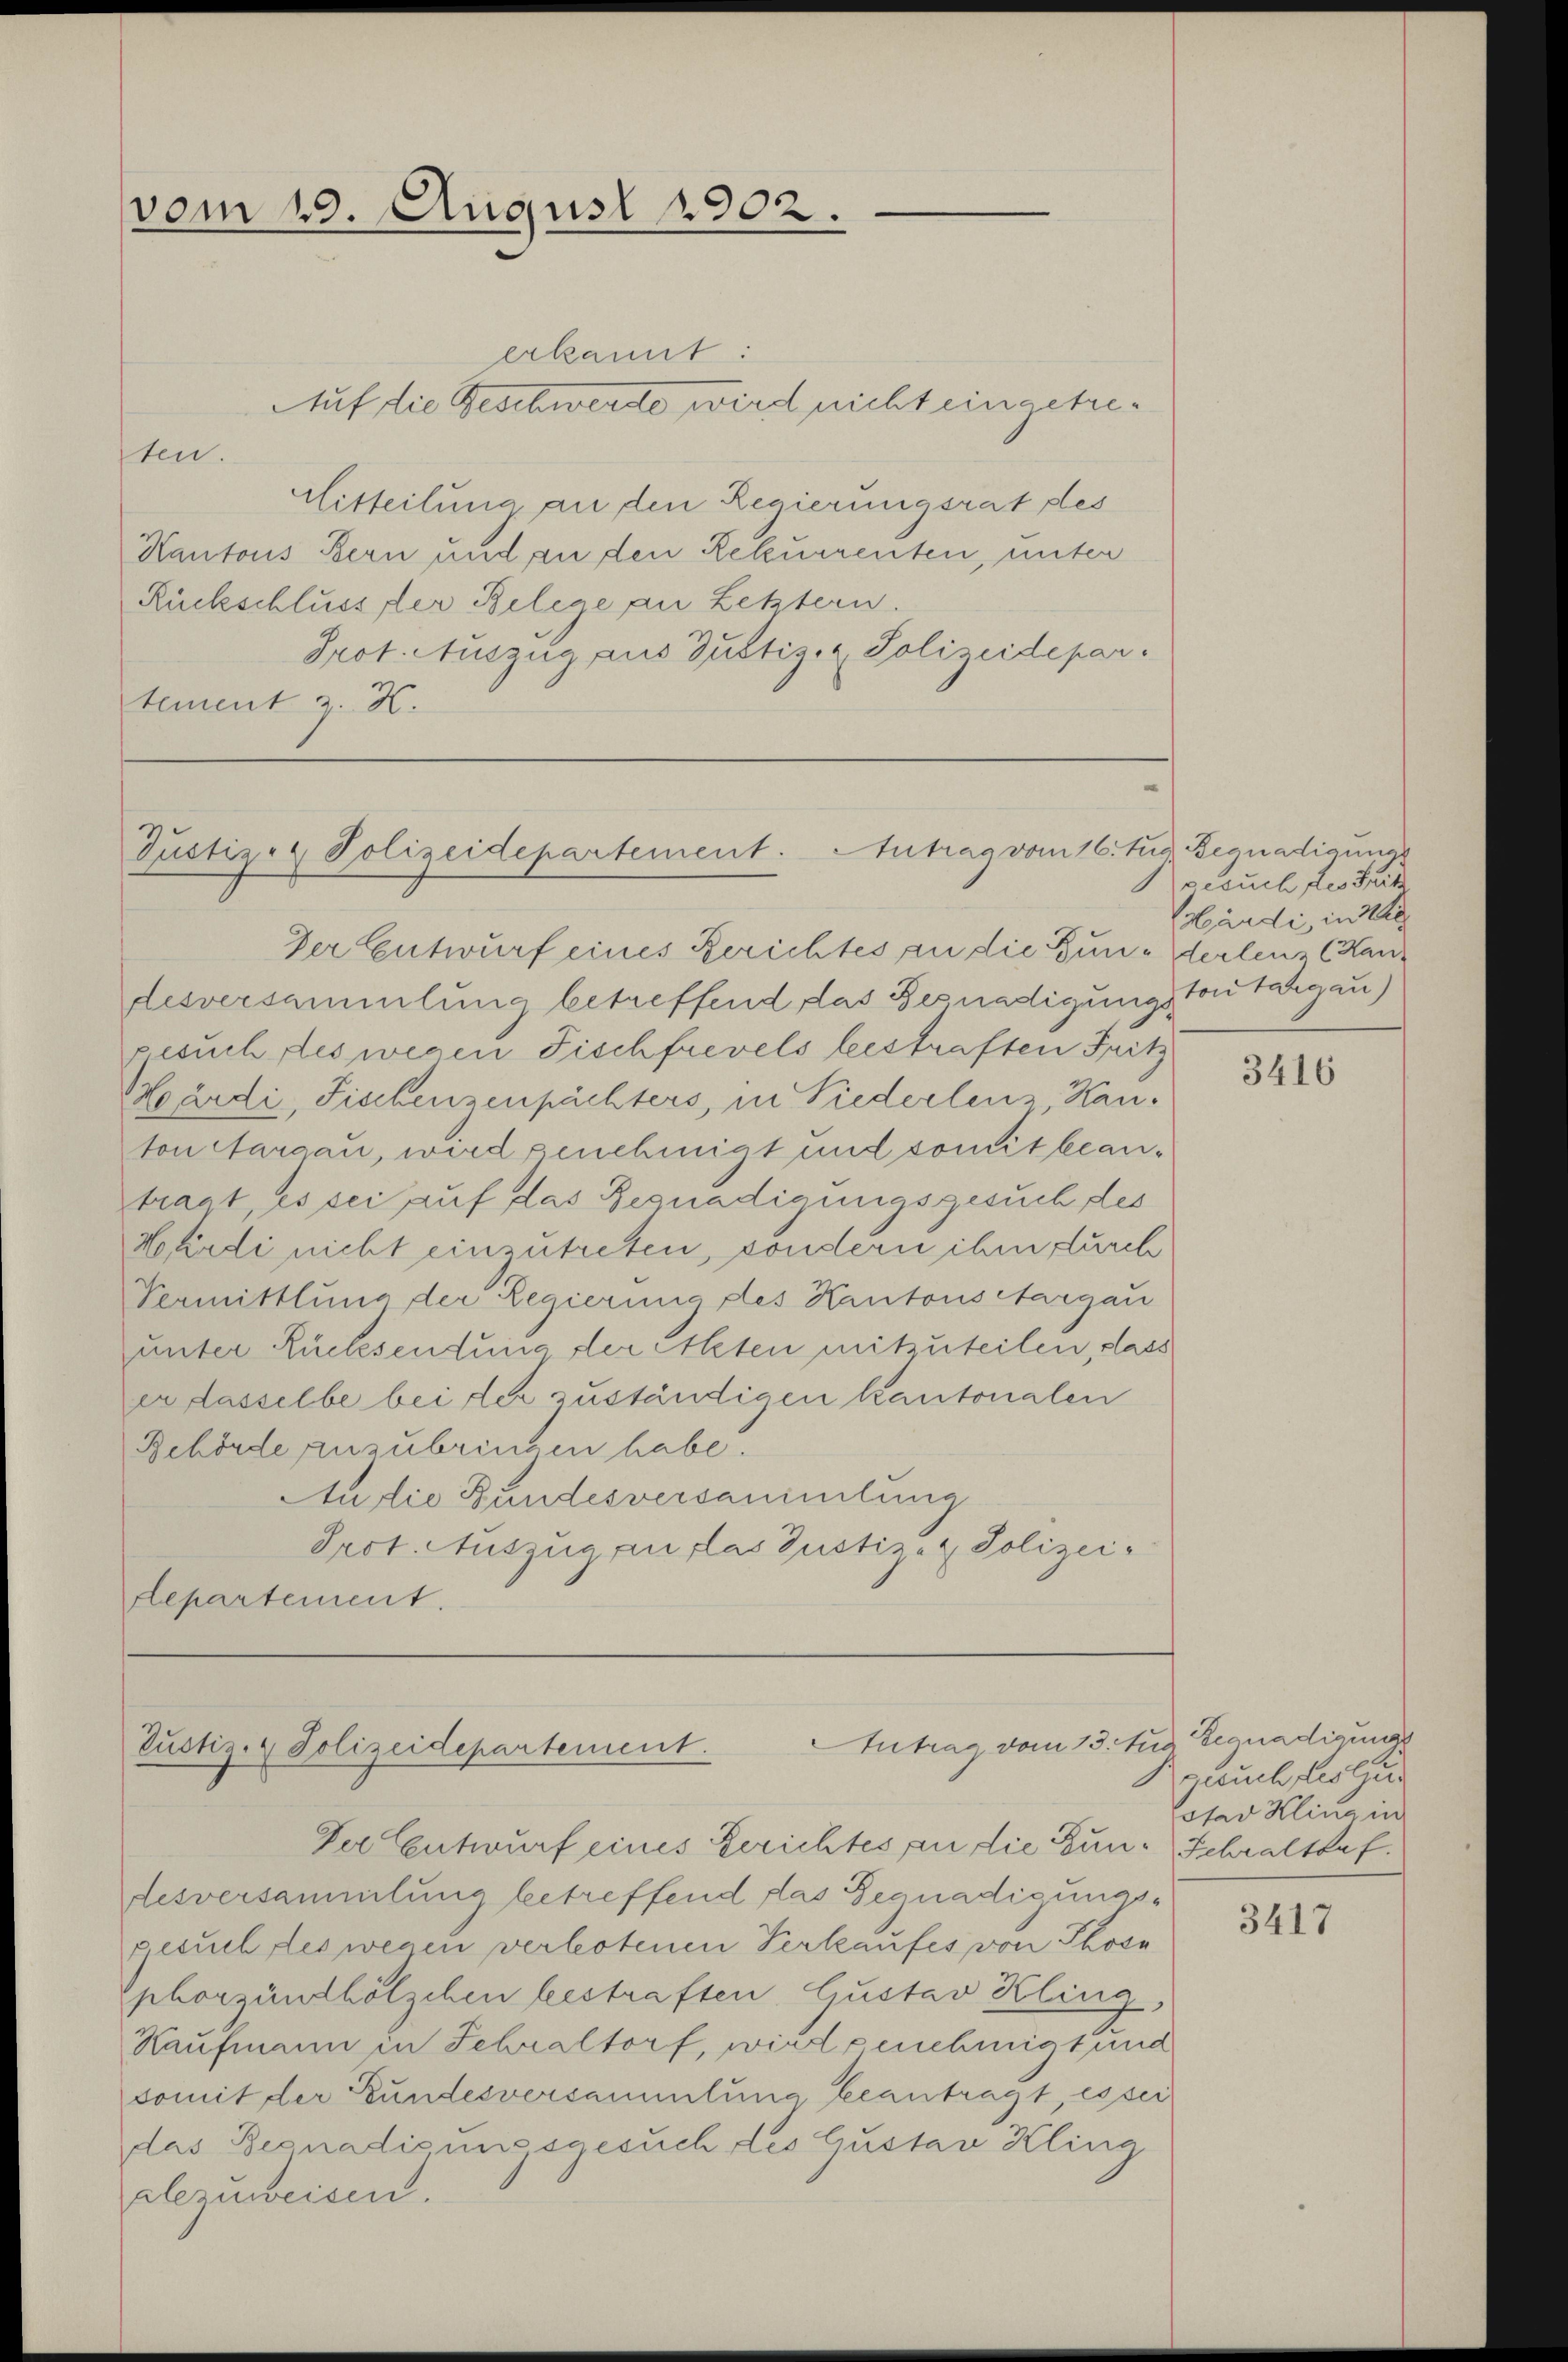
vom 19. August 1902.

erkannt:
Auf die Beschwerde wird nicht eingetreten.
Mitteilung an den Regierungsrat des
Kantons Bern und an den Rekurrenten, unter
Rückschlüssler Belege an Letztern.
Prot. Auszug aus Justiz- & Polizeidepar
tement z. H.

Justiz- & Polizeidepartement. Antrag vom 16. Jus Begnadigung

Antrag vom 13. Aus Gegnadigungs
Justiz- & Polizeidepartement.

Der Entwurf eines Berichtes an die Bun- Verlens (Handesversammlung betreffend das Begnadigung von Sargau)
gesuch des wegen Fischfrevels bestraften Fritz
Märdi, Fischenzenpächters, in Piederlenz Kanton Aargau, wird genehmigt und somit beantragt, es sei auf das Begnadigungsgesuch des
Mardi nicht einzutreten, sondern ihm durch
Vermittlung der Regierung des Kantons Aargau
unter Rücksendung der Alten mitzuteilen, dass
er dasselbe bei der zuständigen kantonalen
Behörde anzubringen habe.
Audie Bundesversammlung
Prot. Auszug an das Justiz- & Polizei-
Lepartement.

Der Entwurf eines Gerichtes an die Eun- Schraltorf.
desversammlung betreffend das Begnadigungsgesuch des wegen verbotenen Verkaufes von Phose
phorsündhölzchen bestraften Gustav Kling
Kaufmann in Schraltorf, wird genehmigt und
somit der Bundesversammlung beantragt, es sei
das Begnadigungsgesuch des Gustav Kling
alezuweisen.

gesuch des Spitz
Märdi, in de

3416

gesuch festzus
stad Kling in

3417